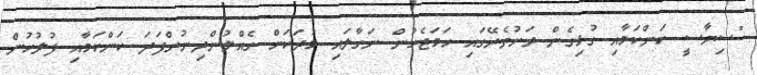
"ސިޔާސީ ކަންކަމާއި ގުޅިގެން ރަށުތެރޭގައި ހަމަޖެހުން ނަގާލައި މުދަކަށް ގެއްލުންދިނުންފަދަ ކަންކަމާއި ފުލުހުން